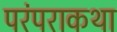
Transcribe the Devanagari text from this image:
परंपराकथा